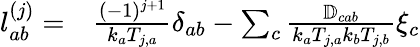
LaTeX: \begin{array}{rl}{\mathcal{l}_{ab}^{(j)}=}&{{}\frac{(-1)^{j+1}}{k_{a}T_{j,a}}\delta_{ab}-\sum_{c}\frac{\mathbb{D}_{cab}}{k_{a}T_{j,a}k_{b}T_{j,b}}\xi_{c}}\end{array}